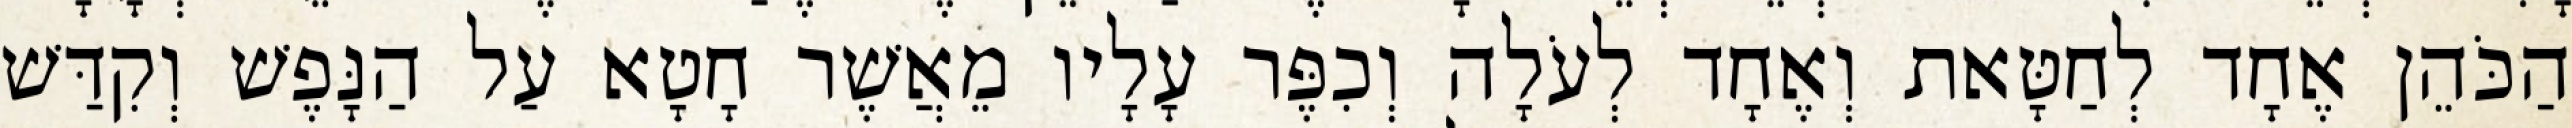
הַכֹּהֵן אֶחָד לְחַטָּאת וְאֶחָד לְעֹלָה וְכִפֶּר עָלָיו מֵאֲשֶׁר חָטָא עַל הַנָּפֶשׁ וְקִדַּשׁ